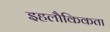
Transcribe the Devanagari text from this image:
इहलौकिकता